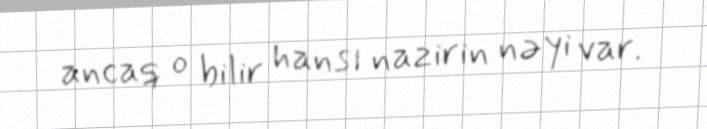
ancaq o bilir hansı nazirin nəyi var.